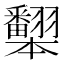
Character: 𰭦